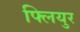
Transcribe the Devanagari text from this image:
फ्लियुर